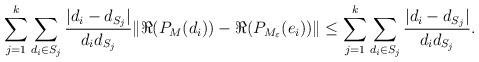
LaTeX: \begin{align*}\sum_{j=1}^k \sum_{d_i\in S_j} \frac{|d_i-d_{S_j}|}{d_id_{S_j}}\|\Re(P_M(d_i))-\Re(P_{M_{\varepsilon}}(e_i))\| \leq \sum_{j=1}^k \sum_{d_i\in S_j} \frac{|d_i-d_{S_j}|}{d_id_{S_j}}. \end{align*}